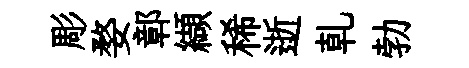
彫婺鄣纈稀逝乹勃